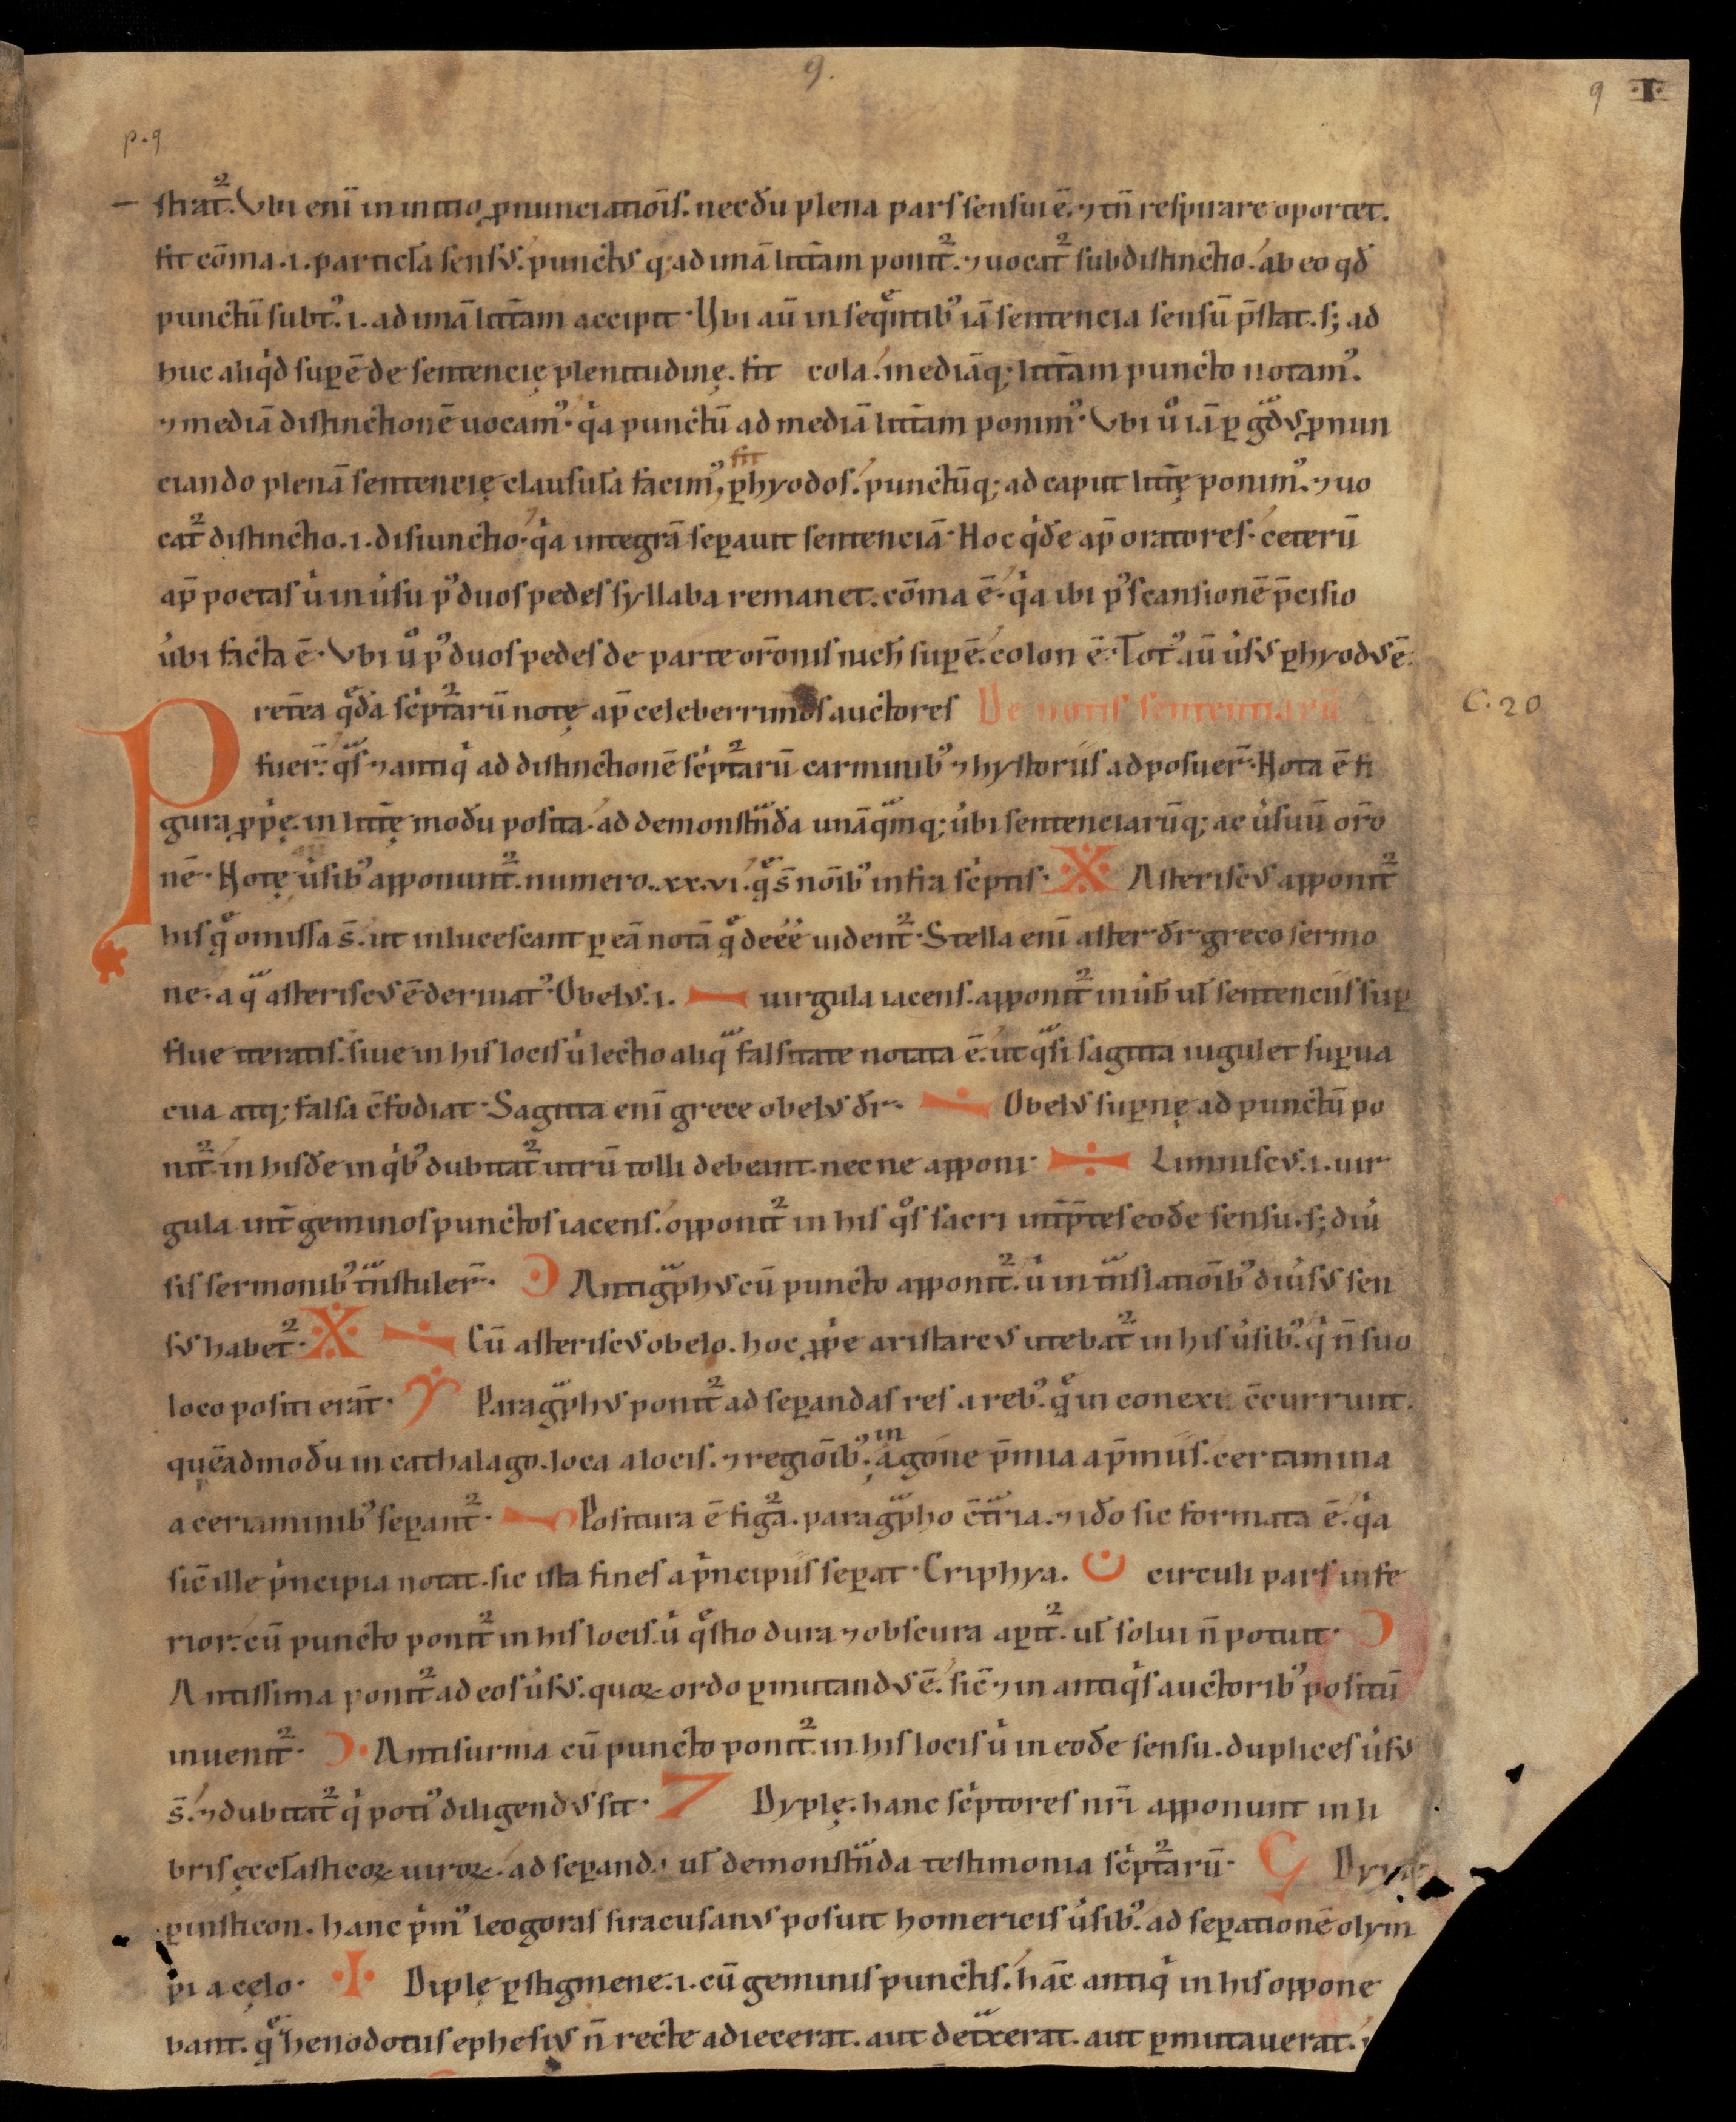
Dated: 1100–1199